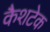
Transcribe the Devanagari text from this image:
कैशटेक